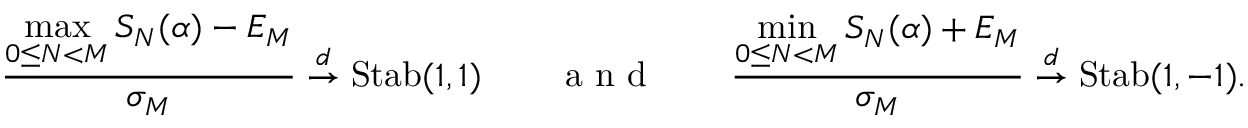
\frac { \displaystyle { \operatorname* { m a x } _ { 0 \le N < M } S _ { N } ( \alpha ) - E _ { M } } } { \sigma _ { M } } \overset { d } { \to } \mathrm { S t a b } ( 1 , 1 ) \qquad \textrm { a n d } \qquad \frac { \displaystyle { \operatorname* { m i n } _ { 0 \le N < M } S _ { N } ( \alpha ) + E _ { M } } } { \sigma _ { M } } \overset { d } { \to } \mathrm { S t a b } ( 1 , - 1 ) .